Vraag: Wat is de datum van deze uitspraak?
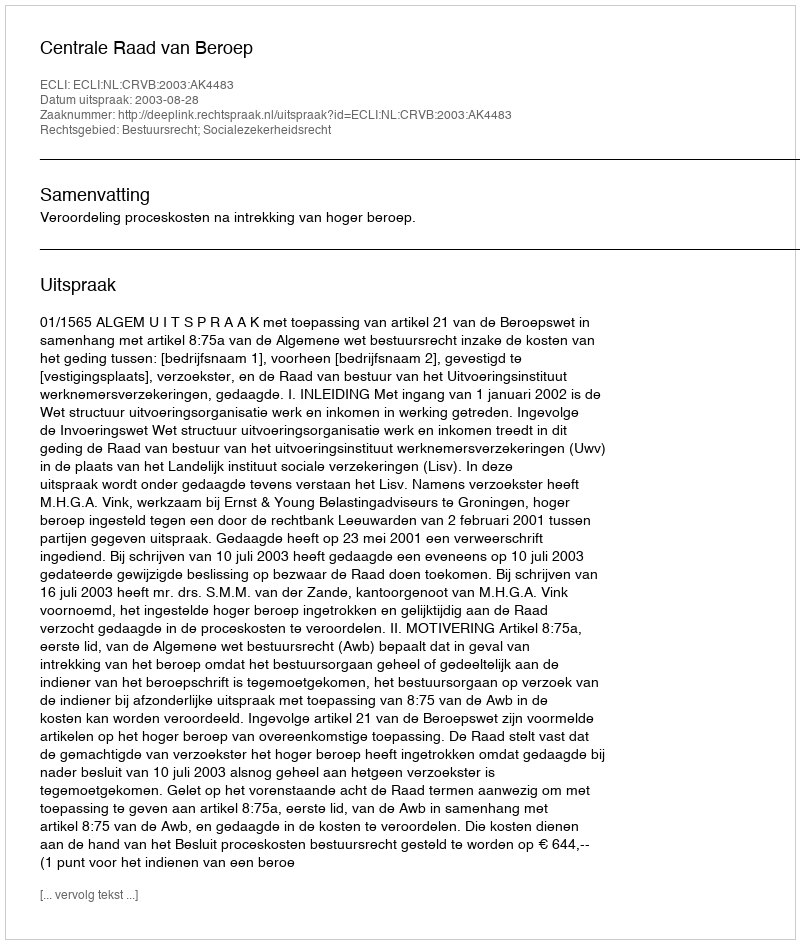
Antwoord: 2003-08-28